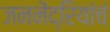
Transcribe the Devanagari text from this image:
जननेंद्रियांचं